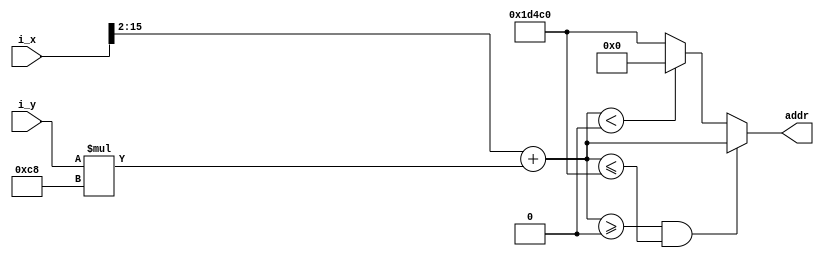
`timescale 1ns / 1ps


module addr_decoder_32bit(
    input wire [15:0] i_x,
    input wire [15:0] i_y,
    output reg [16:0] addr
    );

    wire [16:0] address;

    always @(address) begin
        if ((address >= 0) && (address <= 120000)) begin
            addr <= address;
        end
        else if (address < 0) begin
            addr <= 0;
        end
        else begin
            addr <= 120000;
        end
    end
    assign address = (i_x >> 2) + (i_y * 200);

endmodule